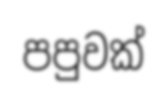
පපුවක්